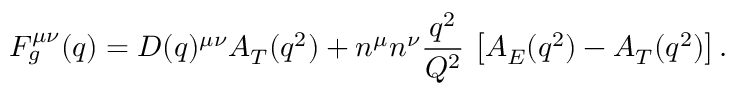
F _ { g } ^ { \mu \nu } ( q ) = D ( q ) ^ { \mu \nu } A _ { T } ( q ^ { 2 } ) + n ^ { \mu } n ^ { \nu } { \frac { q ^ { 2 } } { { \cal Q } ^ { 2 } } } \, \left[ A _ { E } ( q ^ { 2 } ) - A _ { T } ( q ^ { 2 } ) \right] .